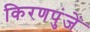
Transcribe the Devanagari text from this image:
किरणपुंजें